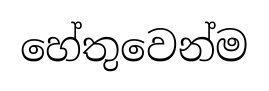
හේතුවෙන්ම